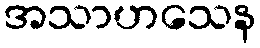
အသာဟသေန